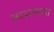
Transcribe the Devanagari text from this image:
जाऊलावात